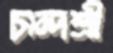
চান্দশ্রী